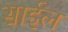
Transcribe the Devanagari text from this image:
साईल